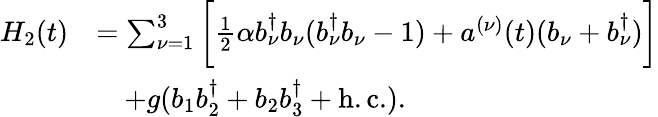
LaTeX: \begin{array}{rl}{H_{2}(t)}&{=\sum_{\nu=1}^{3}\bigg[\frac{1}{2}\alpha b_{\nu}^{\dagger}b_{\nu}(b_{\nu}^{\dagger}b_{\nu}-1)+a^{(\nu)}(t)(b_{\nu}+b_{\nu}^{\dagger})\bigg]}\\ &{\quad+g(b_{1}b_{2}^{\dagger}+b_{2}b_{3}^{\dagger}+\mathrm{h.c.}).}\end{array}